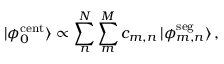
| \phi _ { 0 } ^ { \mathrm { c e n t } } \rangle \propto \sum _ { n } ^ { N } \sum _ { m } ^ { M } c _ { m , n } \, | \phi _ { m , n } ^ { \mathrm { s e g } } \rangle \, ,